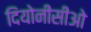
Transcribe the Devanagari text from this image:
दियोनीसीओ